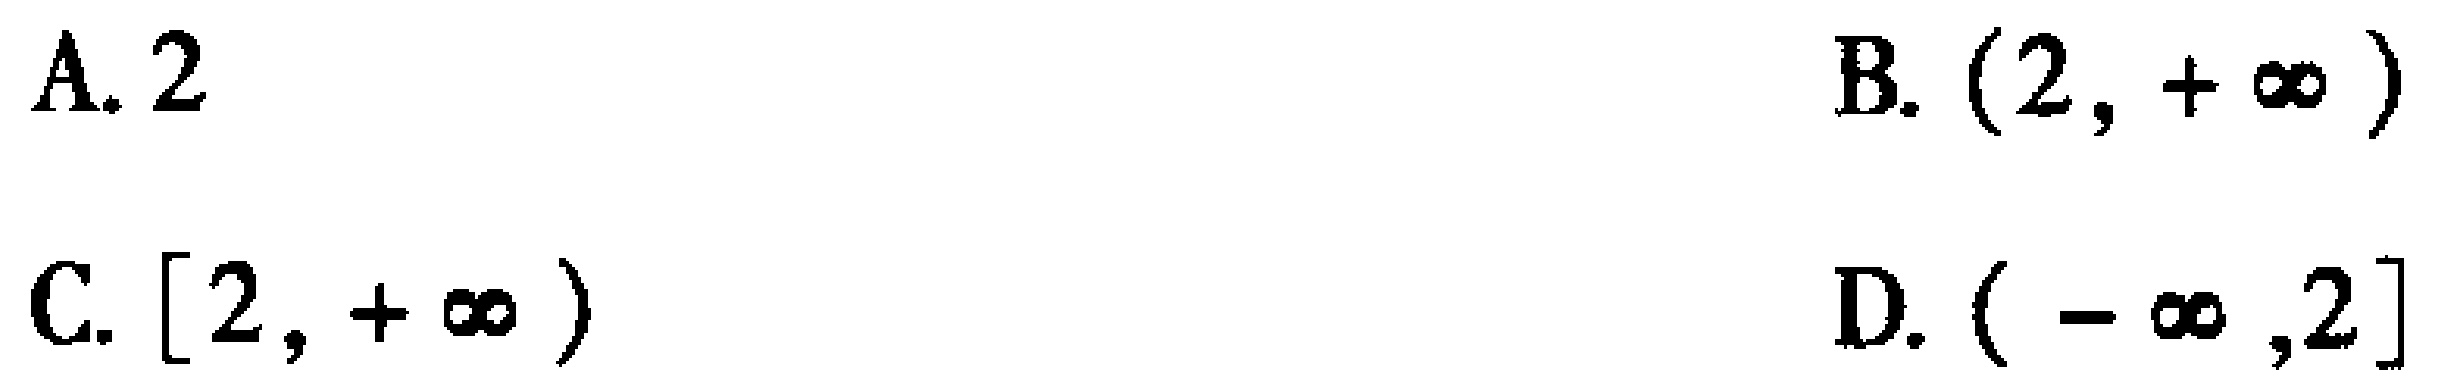
A. $2$
B. $(2, +\infty)$
C. $[2, +\infty)$
D. $(-\infty,2]$